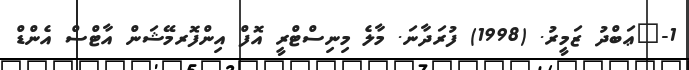
1-	ޢަބްދު ޒަމީރު. (1998) ފުރަދާނަ. މާލެ މިނިސްޓްރީ އޮފް އިންފޮރމޭޝަން އާޓްސް އެންޑް